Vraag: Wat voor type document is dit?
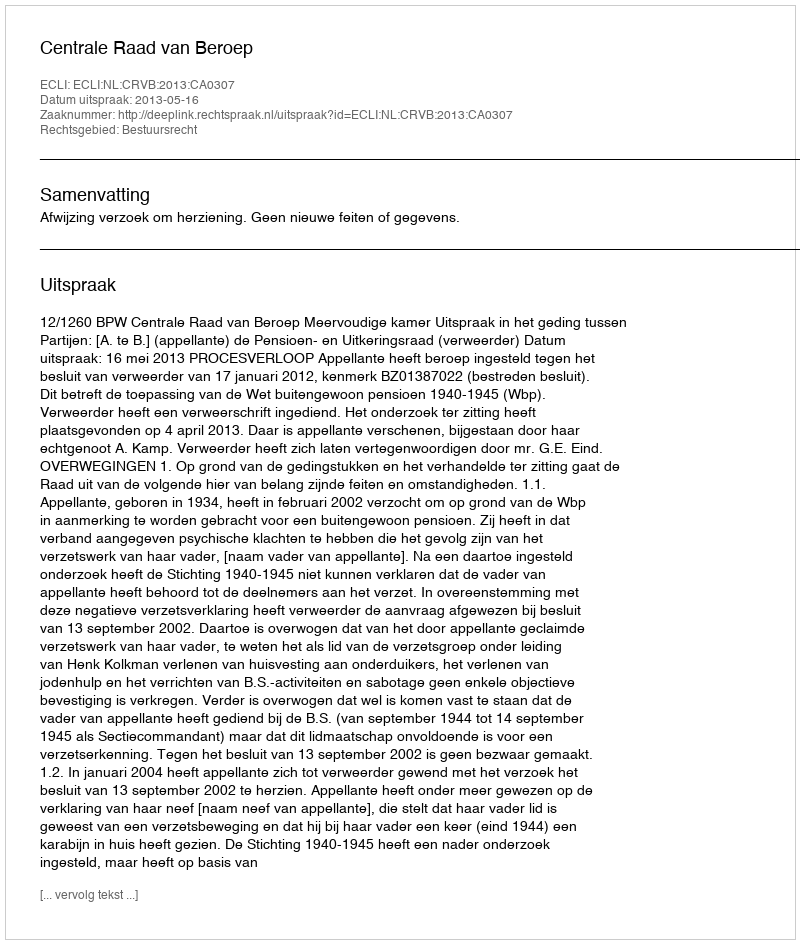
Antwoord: Uitspraak